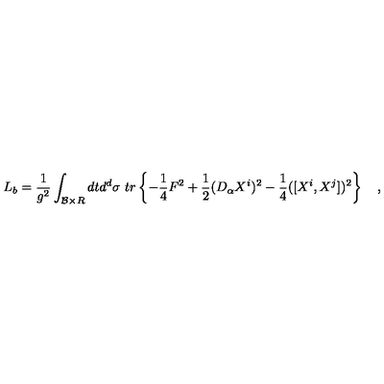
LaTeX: L _ { b } = { \frac { 1 } { g ^ { 2 } } } \int _ { { \cal B } \times R } d t d ^ { d } \sigma \ t r \left\{ - { \frac { 1 } { 4 } } F ^ { 2 } + { \frac { 1 } { 2 } } ( D _ { \alpha } X ^ { i } ) ^ { 2 } - { \frac { 1 } { 4 } } ( [ X ^ { i } , X ^ { j } ] ) ^ { 2 } \right\} \quad ,